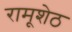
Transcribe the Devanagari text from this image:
रामूशेठ